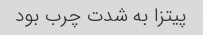
پیتزا به شدت چرب بود